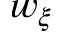
w _ { \xi }